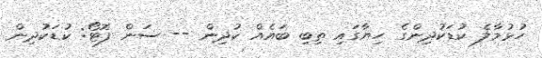
ހުޅުމާލެ ކުޑަކުދިންގެ ހިޔާގައި ތިބި ބައެއް ކުދިން -- ސަން ފޮޓޯ: ކުޑަކުދިން